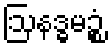
ဩနဒ္ဓမဉ္စံ